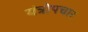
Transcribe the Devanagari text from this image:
यंत्रोपचार